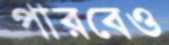
পারবেও